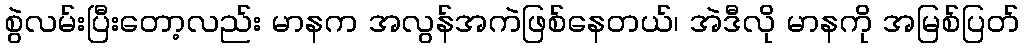
စွဲလမ်းပြီးတော့လည်း မာနက အလွန်အကဲဖြစ်နေတယ်၊ အဲဒီလို မာနကို အမြစ်ပြတ်